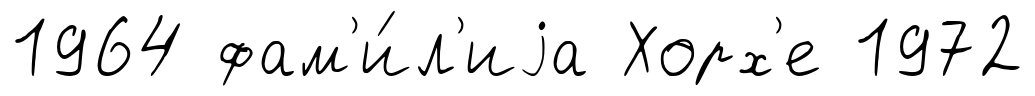
1964 фам'и́л'иjа Хорх'е 1972